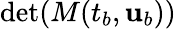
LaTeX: \operatorname*{det}(M(t_{b},{\mathbf{u}}_{b}))